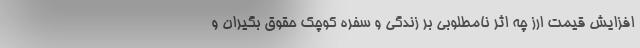
افزایش قیمت ارز چه اثر نامطلوبی بر زندگی و سفره کوچک حقوق بگیران و